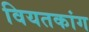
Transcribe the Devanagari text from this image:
वियतकांग